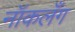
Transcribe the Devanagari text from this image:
नॉकलँग